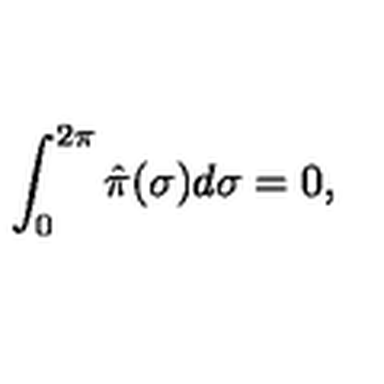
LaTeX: \int _ { 0 } ^ { 2 \pi } \hat { \pi } ( \sigma ) d \sigma = 0 ,